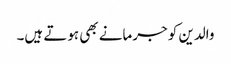
والدین کو جرمانے بھی ہوتے ہیں۔